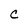
Character: C